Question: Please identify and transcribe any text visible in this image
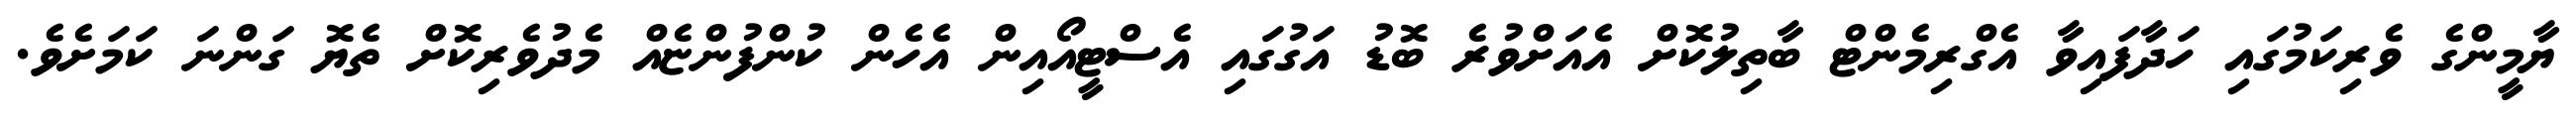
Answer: ޔާމީންގެ ވެރިކަމުގައި ހަދާފައިވާ އެގްރިމެންޓް ބާތިލުކޮށް އެއަށްވުރެ ބޮޑު އަގުގައި އެސްޓީއޯއިން އެހެން ކުންފުންޏެއް މެދުވެރިކޮށް ތެޔޮ ގަންނަ ކަމަށެވެ.